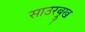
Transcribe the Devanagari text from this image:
साउरब्रुख